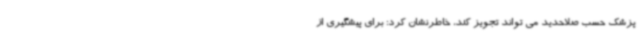
پزشک حسب صلاحدید می تواند تجویز کند، خاطرنشان کرد: برای پیشگیری از